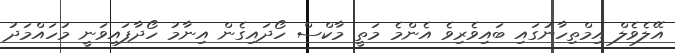
އޭލެވެލް އިމްތިހާނުގައި ބައިވެރިވެ އެންމެ މަތީ މާކްސް ހޯދައިގެން އިނާމު ހޯދާފައިވަނީ މުހައްމަދު